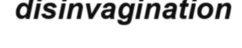
disinvagination